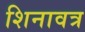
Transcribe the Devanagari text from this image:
शिनावत्र